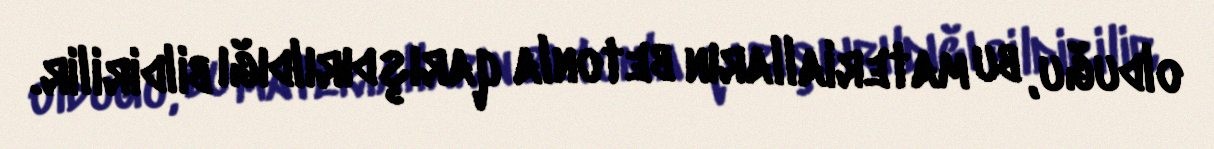
olduğu, bu materialların betonla qarışdırıldığı bildirilir.